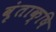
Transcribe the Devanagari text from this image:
वृंताक्षि